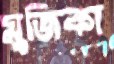
মুজিকা